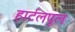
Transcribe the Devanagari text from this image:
हार्टलपूल